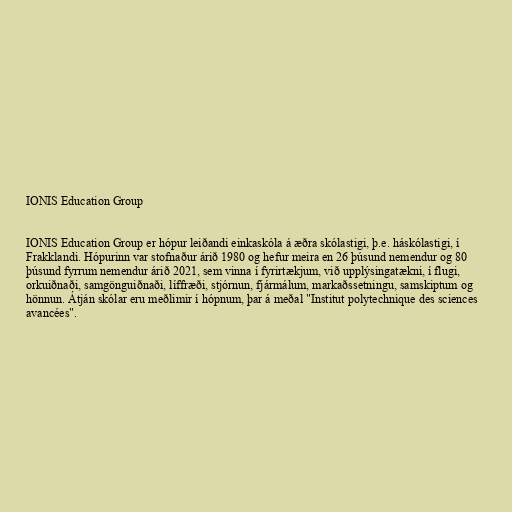
IONIS Education Group

IONIS Education Group er hópur leiðandi einkaskóla á æðra skólastigi, þ.e. háskólastigi, í
Frakklandi. Hópurinn var stofnaður árið 1980 og hefur meira en 26 þúsund nemendur og 80
þúsund fyrrum nemendur árið 2021, sem vinna í fyrirtækjum, við upplýsingatækni, í flugi,
orkuiðnaði, samgönguiðnaði, líffræði, stjórnun, fjármálum, markaðssetningu, samskiptum og
hönnun. Átján skólar eru meðlimir í hópnum, þar á meðal "Institut polytechnique des sciences
avancées".